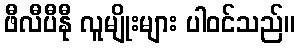
ဖီလီပီနီု လူမျိုးများ ပါဝင်သည်။